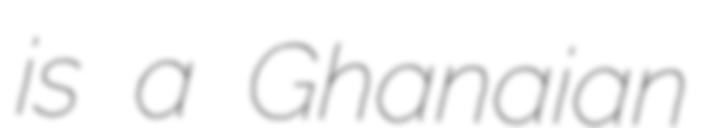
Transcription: is a Ghanaian